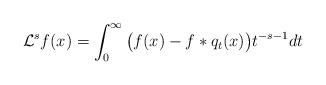
LaTeX: \begin{align*}\mathcal{L}^s f(x) = \int_0^\infty \big(f(x)- f*q_t(x)\big) t^{-s-1} dt\end{align*}